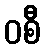
ဝစီ